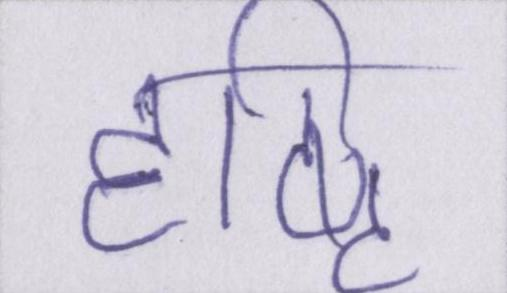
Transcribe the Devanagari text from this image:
दृष्टि